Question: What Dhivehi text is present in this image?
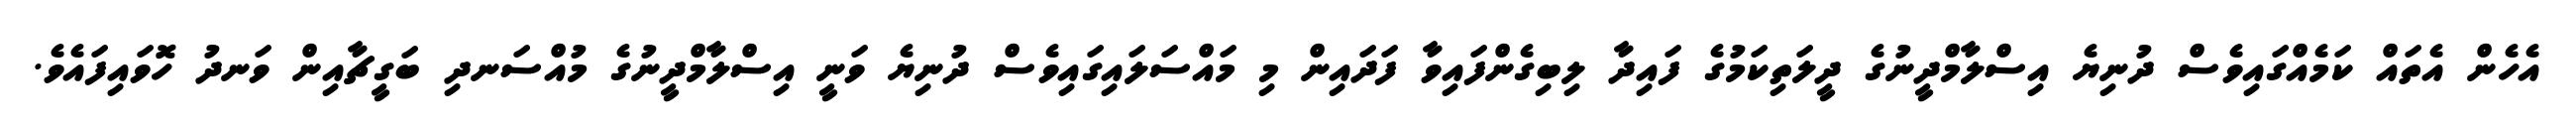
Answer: އެހެން އެތައް ކަމެއްގައިވެސް ދުނިޔެ އިސްލާމްދީނުގެ ދީލަތިކަމުގެ ފައިދާ ލިބިގެންފައިވާ ފަދައިން މި މައްސަލައިގައިވެސް ދުނިޔެ ވަނީ އިސްލާމްދީނުގެ މުއްސަނދި ބަގީޗާއިން ވަނދު ހޮވައިފައެވެ.